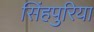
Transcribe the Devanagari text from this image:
सिंहपुरिया